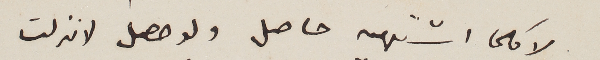
لا كلما اشتهيه حاصل ولو حصل لانزلت